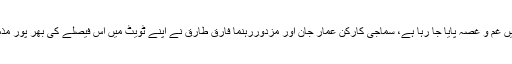
اس حکومتی فیصلے کے خلاف ملک بھر کی یونینز اورمحنت کشوں میں غم و غصہ پایا جا رہا ہے، سماجی کارکن عمار جان اور مزدوررہنما فارق طارق نے اپنے ٹویٹ میں اس فیصلے کی بھر پور مذمت کی ہے اور محنت کشوں کے ساتھ اظہار یکجہتی کا اعلان کیا ہے۔